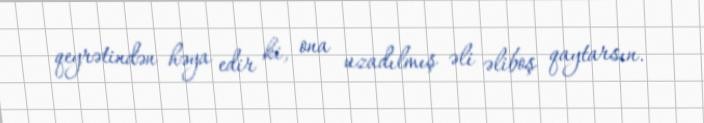
qeyrətindən həya edir ki, ona uzadılmış əli əliboş qaytarsın.